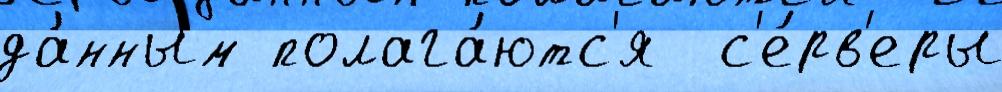
да́нным полага́ютс'я  с'е́рв'еры